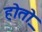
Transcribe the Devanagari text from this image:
होतो़